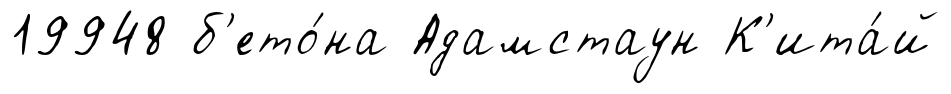
19948 б'ето́на Адамстаун К'ита́й